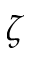
\zeta